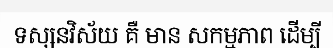
ទស្សនវិស័យ គឺ មាន សកម្មភាព ដើម្បី